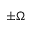
\pm \Omega